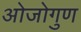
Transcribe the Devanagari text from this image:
ओजोगुण